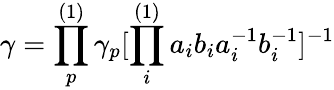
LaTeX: \gamma=\prod_{p}^{(1)}\gamma_{p}[\prod_{i}^{(1)}a_{i}b_{i}a_{i}^{-1}b_{i}^{-1}]^{-1}